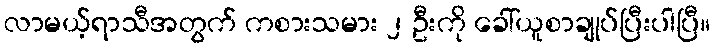
လာမယ့်ရာသီအတွက် ကစားသမား ၂ ဦးကို ခေါ်ယူစာချုပ်ပြီးပါပြီ။